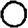
Digit: 0